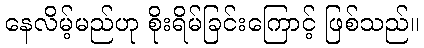
နေလိမ့်မည်ဟု စိုးရိမ်ခြင်းကြောင့် ဖြစ်သည်။